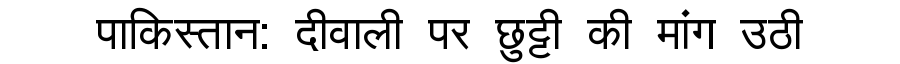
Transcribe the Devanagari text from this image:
पाकिस्तान: दीवाली पर छुट्टी की मांग उठी